Lunatic asylums Punjab 1911-1921 - 1911-1921
Year: 1911
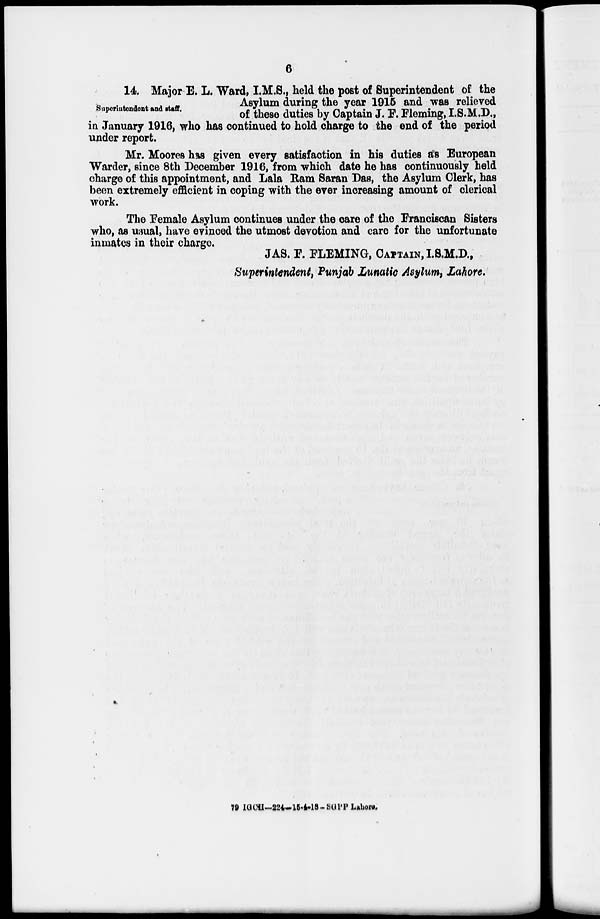
6
Superintendent and staff.
14. Major E. L. Ward, I.M.S., held the post of Superintendent of the
Asylum during the year 1915 and was relieved
of these duties by Captain J. F. Fleming, I.S.M.D.,
in January 1916, who has continued to hold charge to the end of the period
under report.
Mr. Moores has given every satisfaction in his duties as European
Warder, since 8th December 1916, from which date he has continuously held
charge of this appointment, and Lala Ram Saran Das, the Asylum Clerk, has
been extremely efficient in coping with the ever increasing amount of clerical
work.
The Female Asylum continues under the care of the Franciscan Sisters
who, as usual, have evinced the utmost devotion and care for the unfortunate
inmates in their charge.
JAS. F. FLEMING, CAPTAIN, I.S.M.D.,
Superintendent, Punjab Lunatic Asylum, Lahore.
79 IGCH—224—15-4-18-SGPP Lahore.